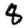
Digit: 8